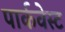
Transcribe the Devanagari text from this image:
पार्कवेस्ट